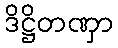
ဒိဋ္ဌိတဏှာ